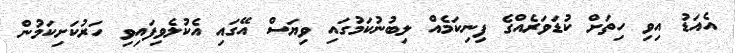
އެއަޑު އިވި ހިތަށް ކުޑަވަރެއްގެ ފިނިކަމެއް ލިބުނުކަމުގައި ވިޔަސް އޭގައި އެކުލެވިފައިވި ހަރުކަށިކަމުން